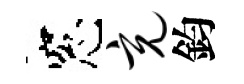
窓充鈞